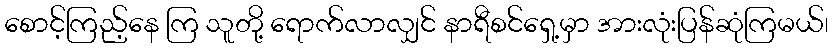
စောင့်ကြည့်နေ ကြ သူတို့ ရောက်လာလျှင် နာရီစင်ရှေ့မှာ အားလုံးပြန်ဆုံကြမယ်၊